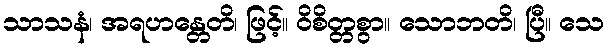
သာသနံ၊ အရဟန္တေတိ၊ ဖြင့်။ ဝိစိတ္တစွာ။ သောဘတိ၊ ပြီ။ သေ